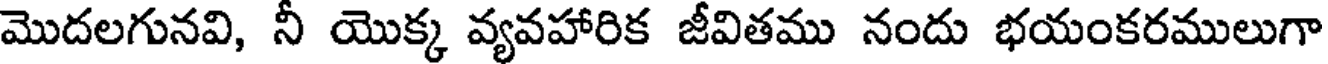
మొదలగునవి, నీ యొక్క వ్యవహారిక జీవితము నందు భయంకరములుగా